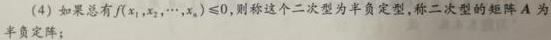
(4) 如果总有$f(x_1,x_2,\cdots,x_n)\leqslant0$，则称这个二次型为半负定型，称二次型的矩阵$A$为半负定矩阵。